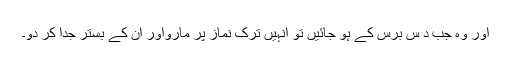
اور وہ جب د س برس کے ہو جائیں تو انہیں ترک نماز پر مارواور ان کے بستر جدا کر دو۔